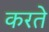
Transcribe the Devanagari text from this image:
करते